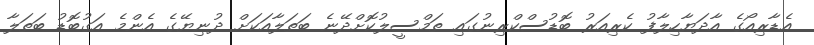
އެޑާރިއޯގެ އާދަޔާހިލާފު ކެރިއަރު ބޮޑުސްކްރިނުގައި ތަމްސީލުކޮށްދޭނެ ބަތަލާއަކަށް ދުނިޔޭގެ އެންމެ އަގުބޮޑު ބަތަލާ